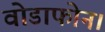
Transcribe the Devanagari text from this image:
वोडाफोन।